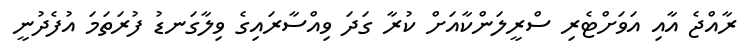
ރާއްޖެ އާއި އަވަށްޓެރި ސްރީލަންކާއަށް ކުރާ ގަަދަ ވިއްސާރައިގެ ވިލާގަނޑު ފުރަތަމަ އުފެދުނީ